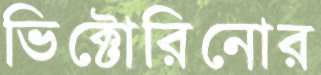
ভিক্টোরিনোর